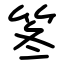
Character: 笗